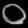
Digit: ၀